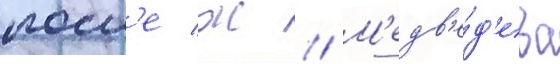
посл'е ж // М'едв'е́д'ева